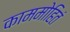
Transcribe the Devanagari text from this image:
काममोहितं